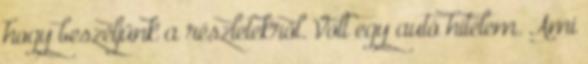
hogy beszéljünk a részletekről. Volt egy autó hitelem. Ami